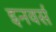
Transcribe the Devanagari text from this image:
इनवर्स